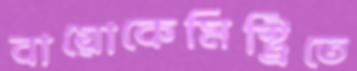
বায়োকেমিস্ট্রিতে